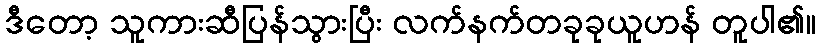
ဒီတော့ သူကားဆီပြန်သွားပြီး လက်နက်တခုခုယူဟန် တူပါ၏။